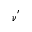
\nu ^ { ' }